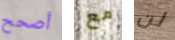
أصحح مع لن